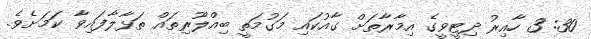
30: 3 ހާއިރު ދިޓީވީގެ އިމާރާތަށް ގާއުކައި މަގުމަތީ ބިއްލޫރިތައް ތަޅާލާފައިވާ ކަމަށެވެ.